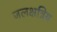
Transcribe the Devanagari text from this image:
जलक्षत्रिय